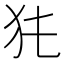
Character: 𤜨